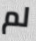
لم